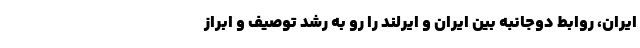
ایران، روابط دوجانبه بین ایران و ایرلند را رو به رشد توصیف و ابراز